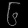
Digit: ၆